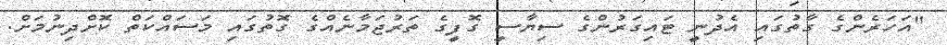
"އަހަރެންގެ ގާތުގައި އެދުނީ ޓައިގަރުންގެ ސިޔާސީ ގޮފީގެ ތަރުޖަމާނެއްގެ ގޮތުގައި މަސައްކަތް ކޮށްދިނުމަށް.